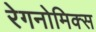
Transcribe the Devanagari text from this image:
रेगनोमिक्स